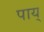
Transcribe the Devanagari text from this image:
पाय्